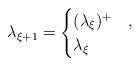
LaTeX: \begin{align*}\lambda_{\xi+1} =\begin{cases} (\lambda_{\xi})^+& ,\\ \lambda_{\xi}&\end{cases}\end{align*}